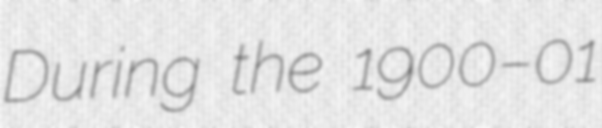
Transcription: During the 1900–01